Scottish Leaving Certificate Examination, 1957
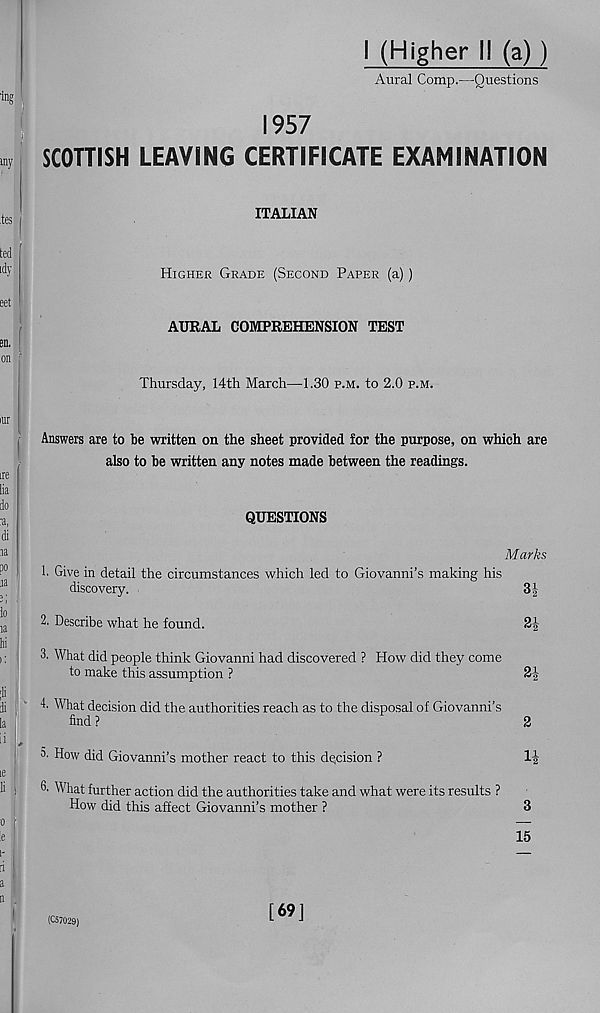
I (Higher 11 (a))
Aural Comp.—Questions
1957
SCOTTISH LEAVING CERTIFICATE EXAMINATION
ITALIAN
Higher Grade (Second Paper (a))
AURAL COMPREHENSION TEST
Thursday, 14th March—1.30 p.m. to 2.0 p.m.
Answers are to be written on the sheet provided for the purpose, on which are
also to be written any notes made between the readings.
QUESTIONS
Marks
1. Give in detail the circumstances which led to Giovanni’s making his
discovery.
3|
2. Describe what he found.
2|-
3. What did people think Giovanni had discovered ? How did they come
to make this assumption ?
2J
1. What decision did the authorities reach as to the disposal of Giovanni’s
find ?
2
►
3. How did Giovanni’s mother react to this decision ?
1J
3- What further action did the authorities take and what were its results ?
How did this affect Giovanni’s mother ?
3
15
(CS7029)
[69]